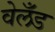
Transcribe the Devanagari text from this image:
वेलँड